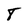
Character: 8